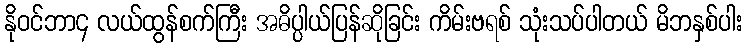
နိုဝင်ဘာ၄ လယ်ထွန်စက်ကြီး အဓိပ္ပါယ်ပြန်ဆိုခြင်း ကိမ်းဗရစ် သုံးသပ်ပါတယ် မိဘနှစ်ပါး